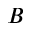
B